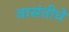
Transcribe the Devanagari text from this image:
वासंतीचे